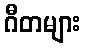
ဂီတများ